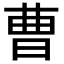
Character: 曹